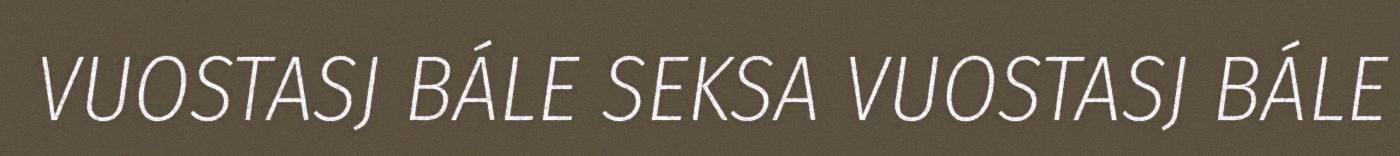
VUOSTASJ BÁLE SEKSA VUOSTASJ BÁLE